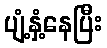
ပျံ့နှံ့နေပြီး